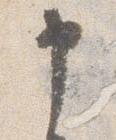
申